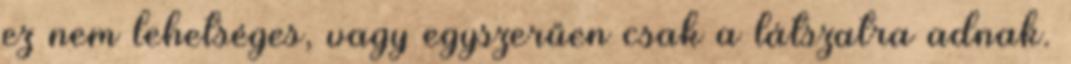
ez nem lehet­séges, vagy egyszerűen csak a látszatra adnak.